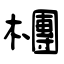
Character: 檲